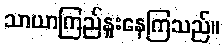
သာယာကြည်နူးနေကြသည်။